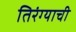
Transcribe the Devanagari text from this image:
तिरंग्याची